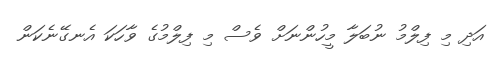
އަދި މި ފިލްމު ނުބަލާ މީހުންނަށް ވެސް މި ފިލްމުގެ ވާހަކަ އެނގޭނެކަން